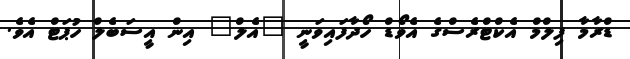
ޑްރާމާ ފިލްމް އެކްޓްރެސްގެ އެވޯޑް ހޯދާފައިވަނީ "އެލް" އިން އީސަބެލް ހުޕަޓް އެވެ.